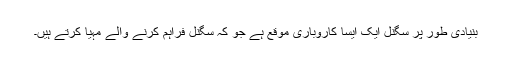
بنیادی طور پر سگنل ایک ایسا کاروباری موقع ہے جو کہ سگنل فراہم کرنے والے مہیا کرتے ہیں۔